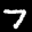
Label: 7